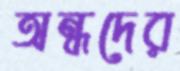
অন্ধদের